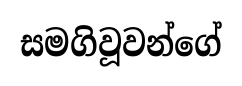
සමගිවූවන්ගේ